Annual report on the lock hospitals of the Madras Presidency
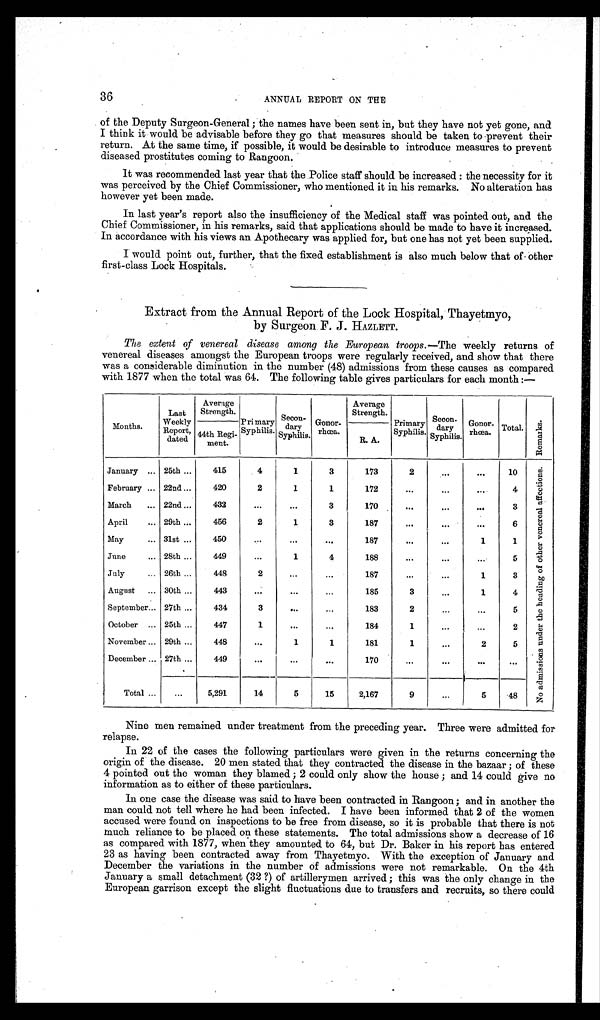
36
ANNUAL REPORT ON THE
of the Deputy Surgeon-General ; the names have been sent in, but they have not yet gone, and
I think it would be advisable before they go that measures should be taken to prevent their
return. At the same time, if possible, it would be desirable to introduce measures to prevent
diseased prostitutes coming to Rangoon.
It was recommended last year that the Police staff should be increased : the necessity for it
was perceived by the Chief Commissioner, who mentioned it in his remarks. No alteration has
however yet been made.
In last year's report also the insufficiency of the Medical staff was pointed out, and the
Chief Commissioner, in his remarks, said that applications should be made to have it increased.
In accordance with his views an Apothecary was applied for, but one has not yet been supplied.
I would point out, further, that the fixed establishment is also much below that of other
first-class Lock Hospitals.
Extract from the Annual Report of the Lock Hospital, Thayetmyo,
by Surgeon. F. J . HAZLETT.
The extent of venereal disease among the European troops.— The weekly returns of
venereal diseases amongst the European troops were regularly received, and show that there
was a considerable diminution in the number (48) admissions from these causes as compared
with 1877 when the total was 64. The following table gives particulars for each month :—
Months.
Last
Weekly
Report
, dated
Average
Strength.
Primary Syphilis.
Secon
-dary Syphilis.
Gonorrhœa.
Average
Strength.
Primary
Syphilis.
Secon
-dar
y Syphilis.
Gonor-rhœa. Total. R e m a r k s .
44th Regi
ment.
R. A.
January ... 25th ...
415
4
1
3
173
2
...
. . . 10
N o a d m i s s i o n s u n d e r t h e h e a d i n g o f o t h e r v e n e r e a l a f f e c t i o n s .
February ... 22nd ...
420
2
1
1
172
...
...
. . . 4
March... 22nd ...
432
. . .
. . .
3
170
. . .
. . .
. . . 3
April
... 29th ...
456
2
1
3
187
...
. . .
...
6
May
... 31st ...
450
. . .
. . .
...
187
...
. . .
1
1
June
... 28th ...
449
...
1
4
188
...
...
. . . 5
July
... 26th ...
448
2
...
...
187
. . .
...
1 3
August ... 30th ...
443
. . .
. . .
...
185
3
...
1
4
September... 27th ...
434
3
...
. . .
183
2
...
...
5
October ... 25th ...
447
1
. . .
. . .
184
1
...
...
2
November ... 29th ...
448
...
1
1
181
1
...
2
5
December ... 27th ...
449
...
...
...
170
...
. . .
. . .
. . .
Total ...
...
5,291
14
5
15
2,167
9
...
5
. 4 8
Nine men remained under treatment from the preceding year. Three were admitted for
relapse.
In 22 of the cases the following particulars were given in the returns concerning the
origin of the disease. 20 men stated that they contracted the disease in the bazaar ; of these
4 pointed out the woman they blamed ; 2 could only show the house ; and 14 could give no
information as to either of these particulars.
In one case the disease was said to have been contracted in Rangoon ; and in another the
man could not tell where he had been infected. I have been informed that 2 of the women
accused were found on inspections to be free from disease, so it is probable that there is not
much reliance to be placed on these statements. The total admissions show a decrease of 16
as compared with 1877, when they amounted to 64, but Dr. Baker in his report has entered
23 as having been contracted away from Thayetmyo. With the exception of January and
December the variations in the number of admissions were not remarkable. On the 4th
January a small detachment (32 ?) of artillerymen arrived ; this was the only change in the
European garrison except the slight fluctuations due to transfers and recruits, so there could